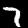
Digit: 7